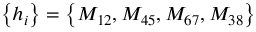
\left\{ h _ { i } \right\} = \left\{ M _ { 1 2 } , M _ { 4 5 } , M _ { 6 7 } , M _ { 3 8 } \right\}